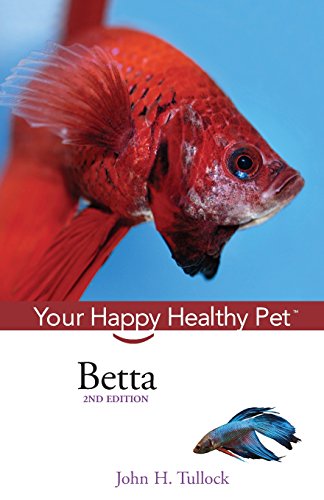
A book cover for Betta: Your Happy Healthy Pet; John  H. Tullock; Crafts, Hobbies & Home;